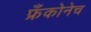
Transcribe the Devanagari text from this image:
फ्रँकोनेच